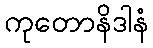
ကုတောနိဒါနံ